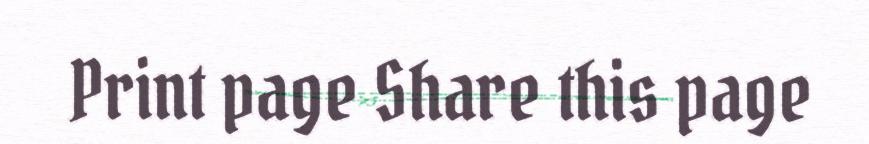
Print page Share this page